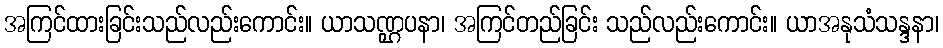
အကြင်ထားခြင်းသည်လည်းကောင်း။ ယာသဏ္ဌပနာ၊ အကြင်တည်ခြင်း သည်လည်းကောင်း။ ယာအနုသံသန္ဒနာ၊